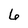
Character: 6